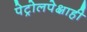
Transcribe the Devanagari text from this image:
पेट्रोलपेक्षाही